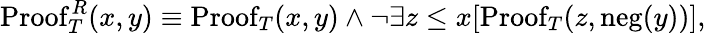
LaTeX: \mathrm{Proof}_{T}^{R}(x,y)\equiv\mathrm{Proof}_{T}(x,y)\land\lnot\exists z\leq x[\mathrm{Proof}_{T}(z,\mathrm{neg}(y))],